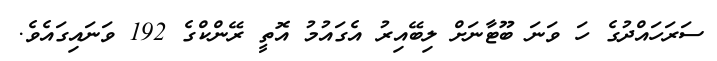
ސަރަހައްދުގެ ހަ ވަނަ ބޫޓާނަށް ލިބޭއިރު އެގައުމު އޮތީ ރޭންކްގެ 192 ވަނައިގައެވެ.